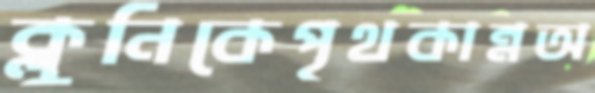
ক্লুনিকেপৃথকান্নঅ